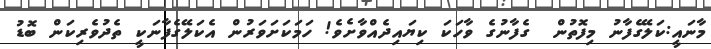
މާނައީ:ކަލޭގެފާނު މިފޮތުން  ގެފާނުގެ ވާހަކަ ކިޔައިދެއްވާށެވެ! ހަމަކަށަވަރުން އެކަލޭގެފާނަކީ ތެދުވެރިކަން ބޮޑު